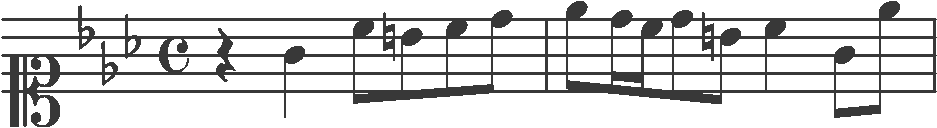
Transcription: clef-C1 keySignature-EbM timeSignature-C rest-quarter note-G4_quarter note-C5_eighth note-B4_eighth note-C5_eighth note-D5_eighth barline note-Eb5_eighth note-D5_sixteenth note-C5_sixteenth note-D5_eighth note-B4_eighth note-C5_quarter note-G4_eighth note-Eb5_eighth barline